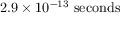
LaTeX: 2 . 9 \times 1 0 ^ { - 1 3 } \ \mathrm { s e c o n d s }